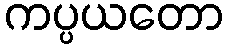
ကပ္ပယတော